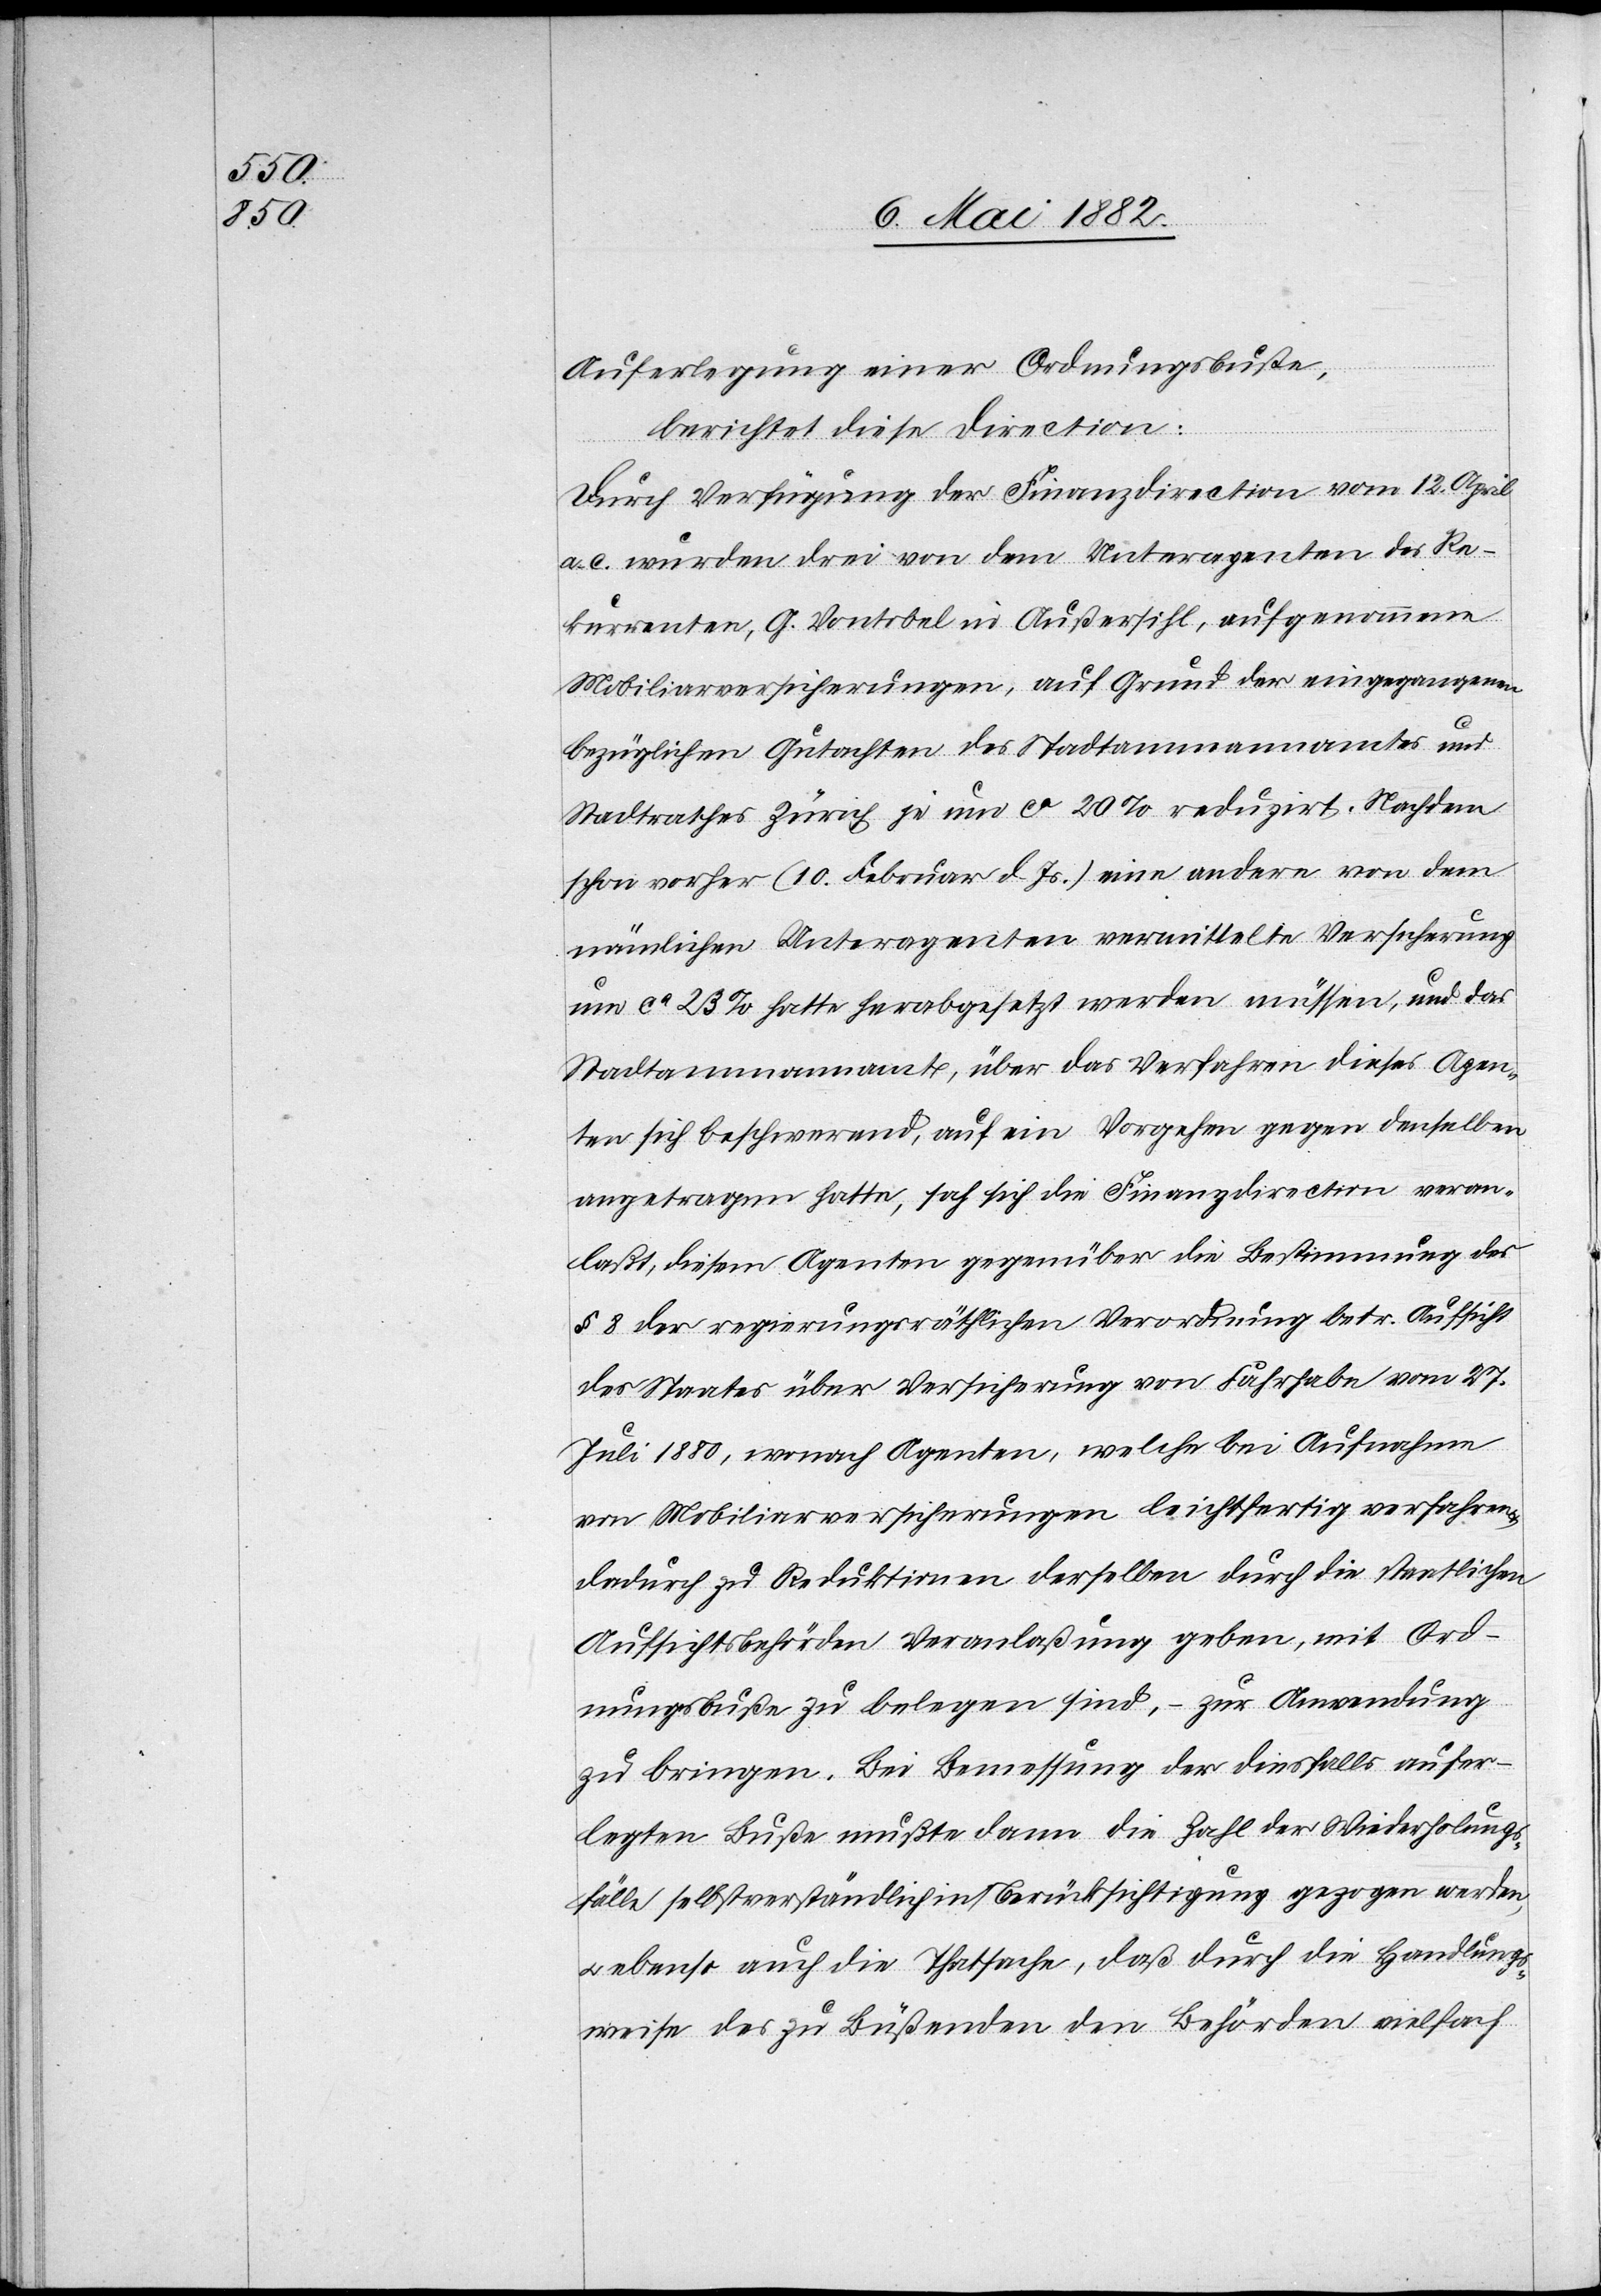
Auferlegung einer Ordnungsbuße,
berichtet diese Direction:
Durch Verfügung der Finanzdirection vom 12. April
a. c. wurden drei von dem Unteragenten des Re¬
kurrenten, G. Vontobel in Außersihl, aufgenommene
Mobiliarversicherungen, auf Grund der eingegangenen
bezüglichen Gutachten des Stadtammannamtes und
Stadtrathes Zürich je um ca 20% reduzirt. Nachdem
schon vorher (10. Februar d. Js.) eine andere von dem
nämlichen Unteragenten vermittelte Versicherung
um ca 23% hatte herabgesetzt werden müssen, und das
Stadtammannamt, über das Verfahren dieses Agen¬
ten sich beschwerend, auf ein Vorgehen gegen denselben
angetragen hatte, sah sich die Finanzdirection veran¬
laßt, diesem Agenten gegenüber die Bestimmung des
§ 8 der regierungsräthlichen Verordnung betr. Aufsicht
des Staates über Versicherung von Fahrhabe vom 27.
Juli 1880, wonach Agenten, welche bei Aufnahme
von Mobiliarversicherungen leichtfertig verfahren
dadurch zu Reduktionen derselben durch die staatlichen
Aufsichtsbehörden Veranlaßung geben, mit Ord¬
nungsbußen zu belegen sind, – zur Anwendung
zu bringen. Bei Bemessung der diesfalls aufer¬
legten Buße mußte dann die Zahl der Wiederholungs¬
fälle selbstverständlich in Berücksichtigung gezogen werden,
ebenso auch die Thatsache, daß durch die Handlungs¬
weise des zu Büßenden den Behörden vielfach